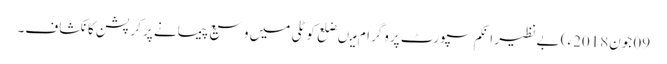
09 جون2018ء) بے نظیر انکم سپورٹ پروگرام میںضلع کوٹلی میں وسیع پیمانے پر کرپشن کا نکشاف۔